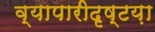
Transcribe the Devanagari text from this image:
व्यापारीदृष्टय़ा